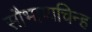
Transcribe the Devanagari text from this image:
सौभाग्यचिन्ह